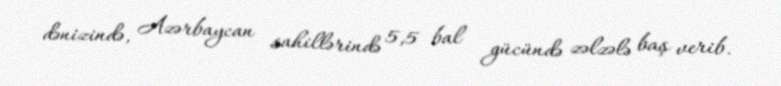
dənizində, Azərbaycan sahillərində 5,5 bal gücündə zəlzələ baş verib.